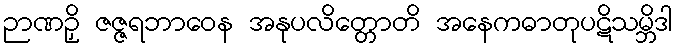
ဉာဏဉှိ ဇဇ္ဇရဘာဝေန အနုပလိတ္တောတိ အနေကဓာတုပဋိသမ္ဘိဒါ